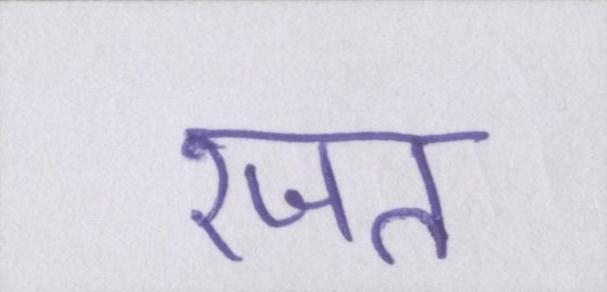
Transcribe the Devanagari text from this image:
रजत